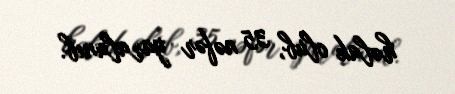
həlak olub, 35 nəfər yaralanıb.